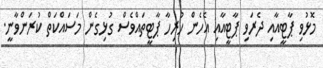
މޮޅުވި ޕާޓީއާއި ދެރަވި ޕާޓީއާއި އެހެން ހުރިހާ ޕާޓީތައްވެސް ގުޅިގެން މަސައްކަތް ކުރަންވާނީ.